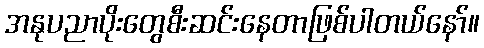
အနုပညာပိုးတွေစီးဆင်းနေတာဖြစ်ပါတယ်နော်။